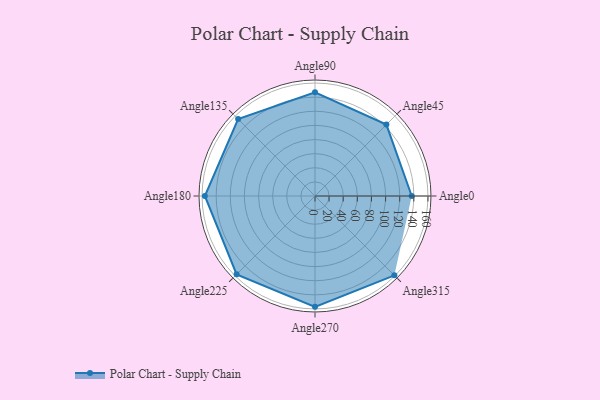
{"axis": {"x": "Angle", "y": "Radius"}, "legend": [""], "data": [{"x": "Angle0", "y": 137.0, "type": ""}, {"x": "Angle45", "y": 143.0, "type": ""}, {"x": "Angle90", "y": 147.0, "type": ""}, {"x": "Angle135", "y": 154.0, "type": ""}, {"x": "Angle180", "y": 156.0, "type": ""}, {"x": "Angle225", "y": 157.0, "type": ""}, {"x": "Angle270", "y": 157.0, "type": ""}, {"x": "Angle315", "y": 159.0, "type": ""}]}